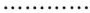
……